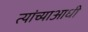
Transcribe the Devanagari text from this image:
त्यांच्याआधी